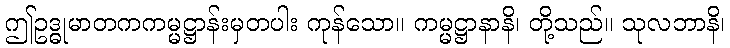
ဤဥဒ္ဓုမာတကကမ္မဋ္ဌာန်းမှတပါး ကုန်သော။ ကမ္မဋ္ဌာနာနိ၊ တို့သည်။ သုလဘာနိ၊